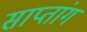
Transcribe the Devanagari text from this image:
साप्तांग